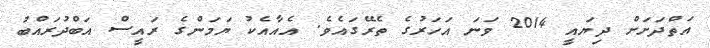
އަތްދަށަށް ދިޔައީ 2014 ވަނަ އަހަރުގެ ތެރޭގައެވެ. އެއާއެކު ޔަމަންގެ ރައީސް އަބްދުރައްބު